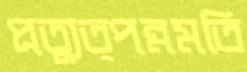
প্রত্যুত্পন্নমতি